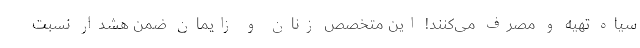
سیاه تهیه و مصرف می‌‌کنند! این متخصص زنان و زایمان ضمن هشدار نسبت